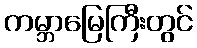
ကမ္ဘာမြေကြီးတွင်